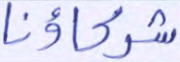
شركاؤنا